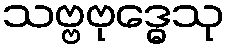
သဗ္ဗဗုဒ္ဓေသု